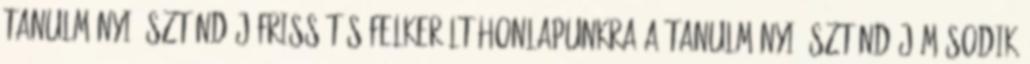
Tanulmányi ösztöndíj frissítés Felkerült honlapunkra a Tanulmányi ösztöndíj második